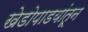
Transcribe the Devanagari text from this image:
खेडोपाडयांतून